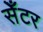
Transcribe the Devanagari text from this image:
सेँटर